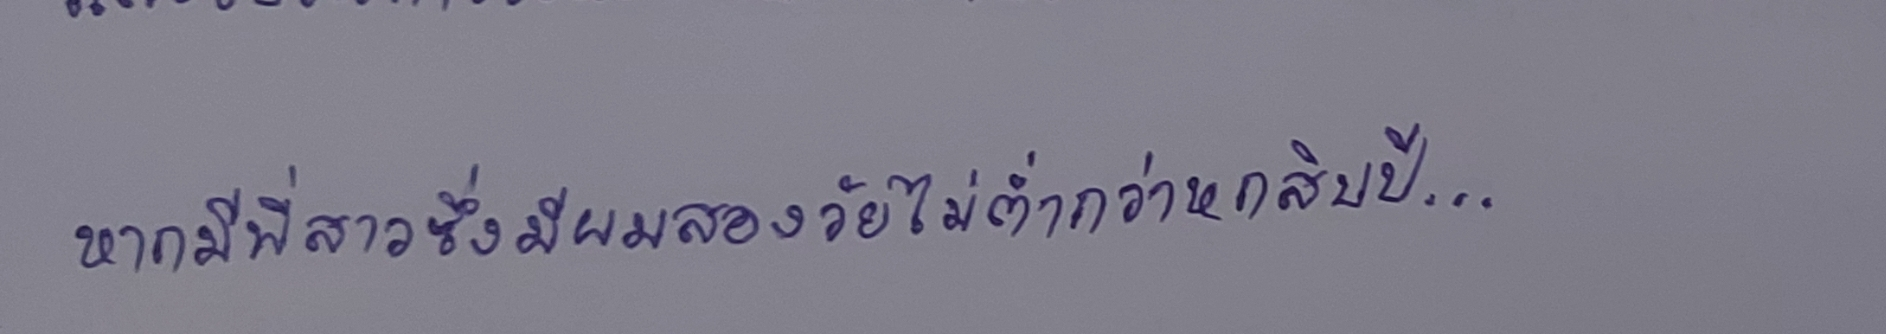
หากมีพี่สาวซึ่งมีผมสองวัยไม่ต่ำกว่าหกสิบปี...